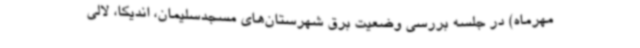
مهرماه) در جلسه بررسی وضعیت برق شهرستان‌های مسجدسلیمان، اندیکا، لالی